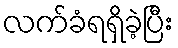
လက်ခံရရှိခဲ့ပြီး